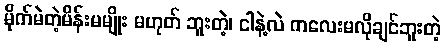
မိုက်မဲတဲ့မိန်းမမျိုး မဟုတ် ဘူးတဲ့၊ ငါနဲ့လဲ ကလေးမလိုချင်ဘူးတဲ့